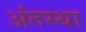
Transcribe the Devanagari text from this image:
अंंतस्था